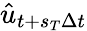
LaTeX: \hat{u}_{t+s_{T}\Delta t}